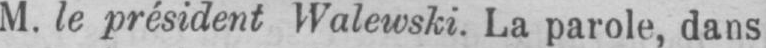
M. le président Walewski. La parole, dans